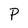
Character: P